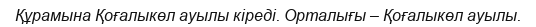
Құрамына Қоғалыкөл ауылы кіреді. Орталығы – Қоғалыкөл ауылы.